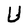
Character: U